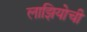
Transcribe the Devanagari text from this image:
लाझियोची